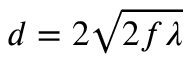
d = 2 { \sqrt { 2 f \lambda } }